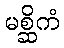
မစ္ဆိကံ